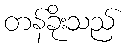
တန်ခိုးသည်